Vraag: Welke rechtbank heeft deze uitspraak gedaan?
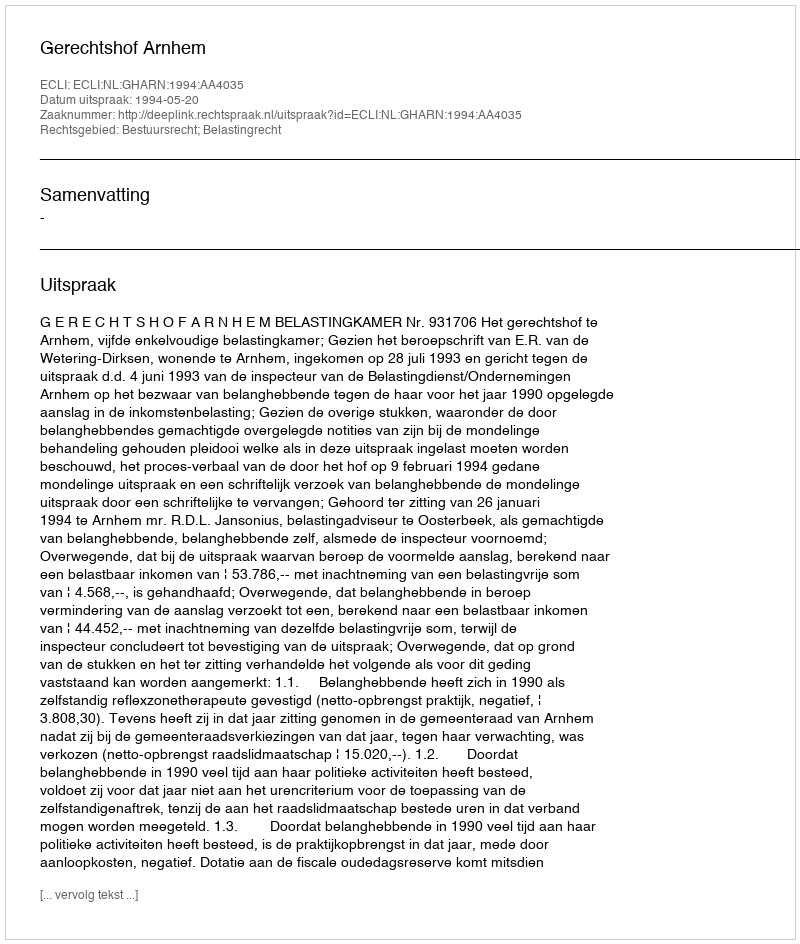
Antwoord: Gerechtshof Arnhem